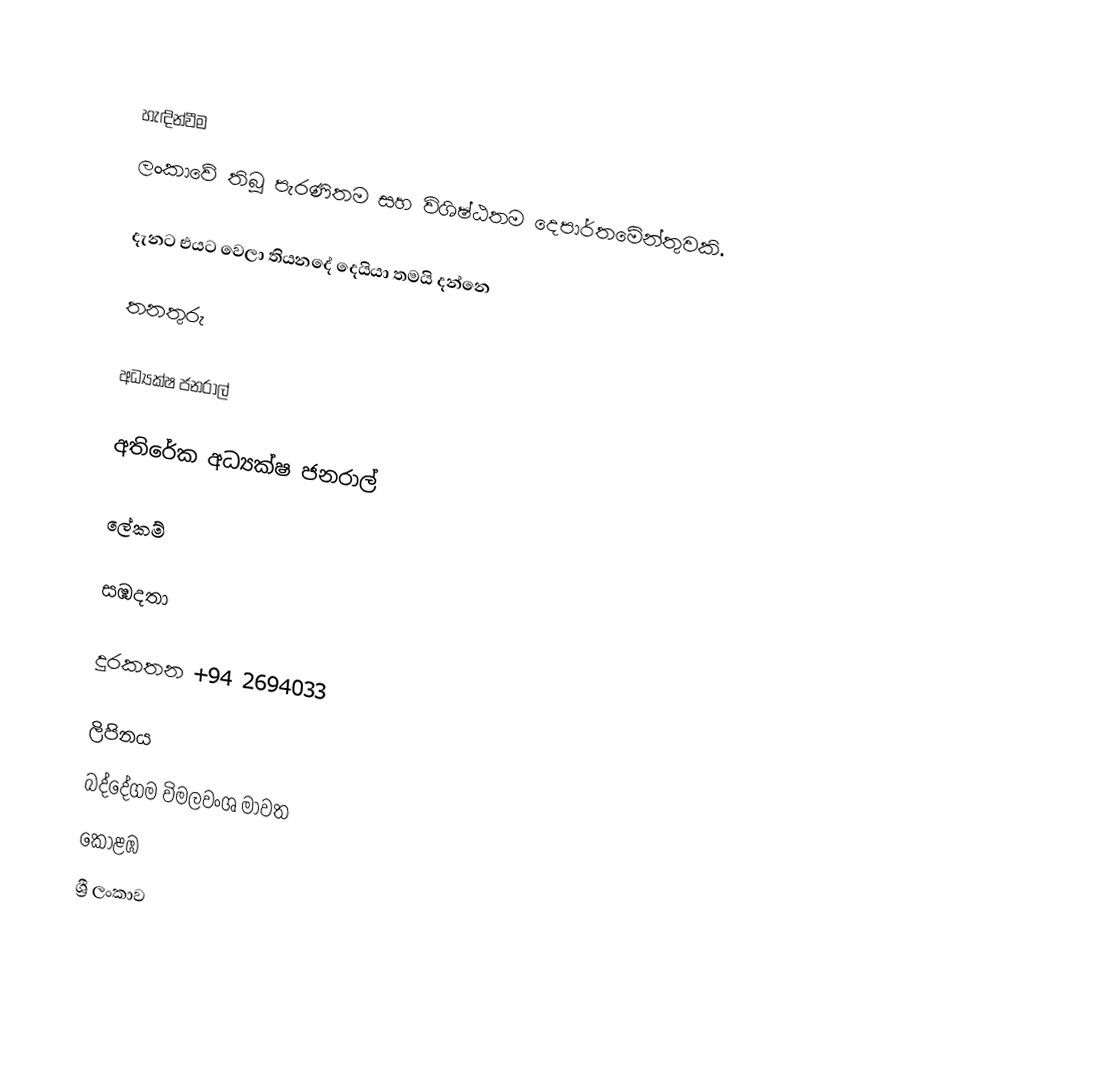

හැඳින්වීම
ලංකාවේ තිබූ පැරණිතම සහ විශිෂ්ඨතම දෙපාර්තමේන්තුවකි.

දැනට එයට වෙලා තියනදේ දෙයියා තමයි දන්නෙ

තනතුරු

 අධ්‍යක්‌ෂ ජනරාල්

 අතිරේක අධ්‍යක්‌ෂ ජනරාල්

 ලේකම්

සඹදතා

දුරකතන  	 +94 2694033

ලිපිනය
බද්දේගම විමලවංශ මාවත
කොළඹ
ශ්‍රී ලංකාව